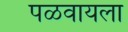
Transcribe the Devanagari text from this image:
पळवायला